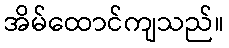
အိမ်ထောင်ကျသည်။